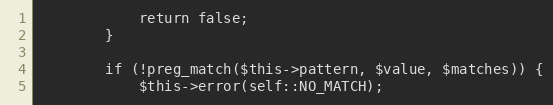
Language: PHP
            return false;
        }

        if (!preg_match($this->pattern, $value, $matches)) {
            $this->error(self::NO_MATCH);